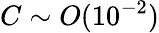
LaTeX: C\sim O(10^{-2})